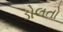
ડોલતો